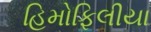
હિમોફિલીયા